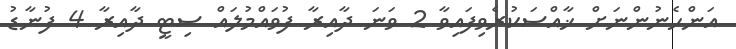
އަންހެނުންނަށް ޚާއްސަކުރެވިފައިވާ 2 ވަނަ ދާއިރާ ފުވައްމުލައް ސިޓީ ދާއިރާ 4 ފުނާޑު